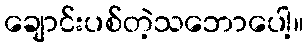
ချောင်းပစ်တဲ့သဘောပေါ့။